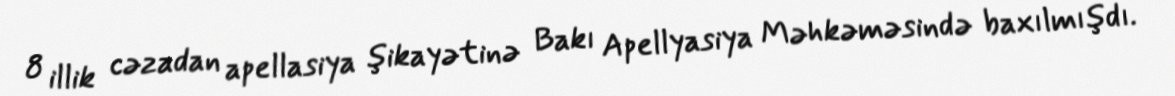
8 illik cəzadan apellasiya şikayətinə Bakı Apellyasiya Məhkəməsində baxılmışdı.